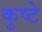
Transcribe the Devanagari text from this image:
कुष्टे